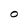
Character: O